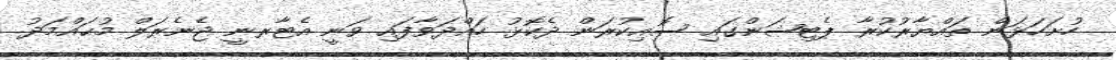
ހުށަހަޅަން ތައްޔާރުކުރާ ޕެޓިޝަންގައި ސޮއިކުރަން ދެކޮޅު ހައްދަވާފައި ވަނީ އެޓާރނީ ޖެނެރަލް މުޙައްމަދު